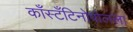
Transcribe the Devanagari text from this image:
काँस्टँटिनोपोलला